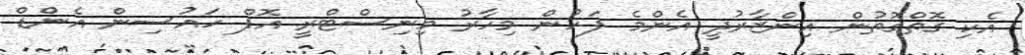
އެކި ގޮތްގޮތުން އިންޒާރުދީ އެންމެ ފަހުން މިހާރު މިނިސްޓްރީ އޮފް ހައުސިން އެންޑް